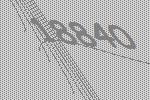
18840